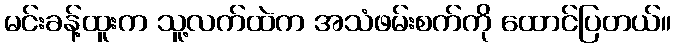
မင်းခန့်ထူးက သူ့လက်ထဲက အသံဖမ်းစက်ကို ထောင်ပြတယ်။